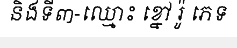
និងទី៣-ឈ្មោះ ខ្នៅ រ៉ូ ភេទ